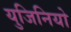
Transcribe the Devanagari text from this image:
युजिनियो